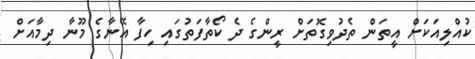
ކުއްލިއަކަށް އީތަން ތެދުވިގޮތަށް ރީންގެ ދެ ކޯތާފަތުގައި ހިފާ އޭނާގެ މޫނާ ދިމާއަށް